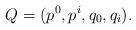
LaTeX: \begin{align*}Q=(p^0, p^i, q_0, q_i).\end{align*}